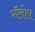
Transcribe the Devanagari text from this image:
गॅलोप